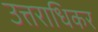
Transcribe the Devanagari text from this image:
उत्तराधिकर